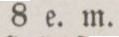
8 e. m.